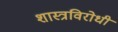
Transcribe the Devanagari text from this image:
शास्त्रविरोधी